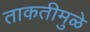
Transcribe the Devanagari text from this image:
ताकतीमुळे